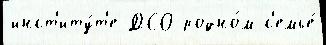
инст'иту́т'е ДСО родно́м с'емье́